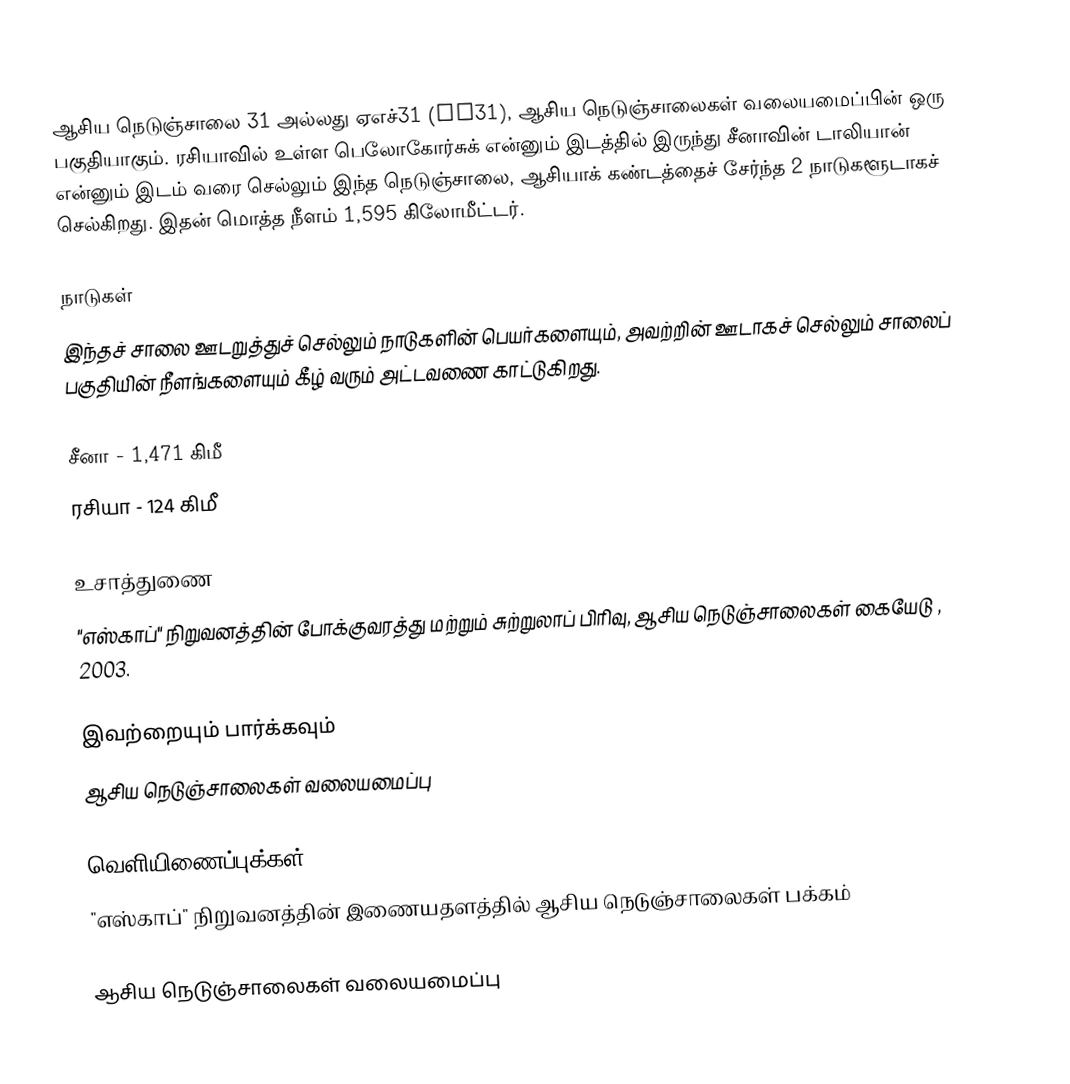
ஆசிய நெடுஞ்சாலை 31 அல்லது ஏஎச்31 (AH31), ஆசிய நெடுஞ்சாலைகள் வலையமைப்பின் ஒரு பகுதியாகும். ரசியாவில் உள்ள பெலோகோர்சுக் என்னும் இடத்தில் இருந்து சீனாவின் டாலியான் என்னும் இடம் வரை செல்லும் இந்த நெடுஞ்சாலை, ஆசியாக் கண்டத்தைச் சேர்ந்த 2 நாடுகளூடாகச் செல்கிறது. இதன் மொத்த நீளம் 1,595 கிலோமீட்டர்.

நாடுகள்
இந்தச் சாலை ஊடறுத்துச் செல்லும் நாடுகளின் பெயர்களையும், அவற்றின் ஊடாகச் செல்லும் சாலைப் பகுதியின் நீளங்களையும் கீழ் வரும் அட்டவணை காட்டுகிறது.

 சீனா - 1,471 கிமீ
 ரசியா - 124 கிமீ

உசாத்துணை
 "எஸ்காப்" நிறுவனத்தின் போக்குவரத்து மற்றும் சுற்றுலாப் பிரிவு, ஆசிய நெடுஞ்சாலைகள் கையேடு , 2003.

இவற்றையும் பார்க்கவும்
 ஆசிய நெடுஞ்சாலைகள் வலையமைப்பு

வெளியிணைப்புக்கள்
 "எஸ்காப்" நிறுவனத்தின் இணையதளத்தில் ஆசிய நெடுஞ்சாலைகள் பக்கம்

 ஆசிய நெடுஞ்சாலைகள் வலையமைப்பு